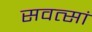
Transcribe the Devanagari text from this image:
सवत्सां